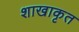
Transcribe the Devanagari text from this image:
शाखाकृत